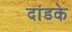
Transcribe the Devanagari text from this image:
दांडके